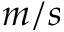
m / s